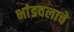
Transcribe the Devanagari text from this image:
भांडवलाचे